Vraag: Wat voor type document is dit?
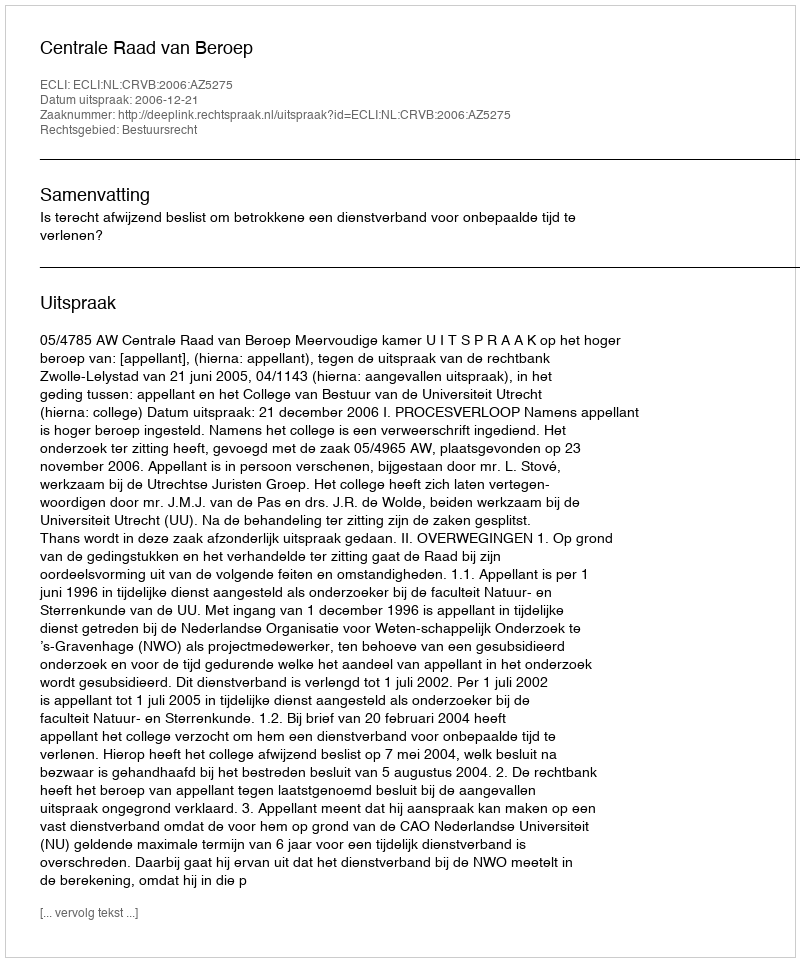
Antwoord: Uitspraak